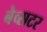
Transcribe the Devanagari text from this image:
बेव्सटर